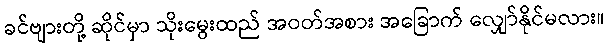
ခင်ဗျားတို့ ဆိုင်မှာ သိုးမွေးထည် အဝတ်အစား အခြောက် လျှော်နိုင်မလား။